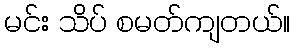
မင်း သိပ် စမတ်ကျတယ်။